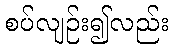
စပ်လျဉ်း၍လည်း